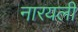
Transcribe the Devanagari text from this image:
नारयली